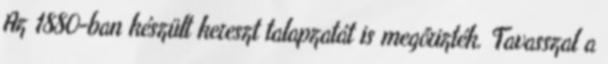
Az 1880-ban készült kereszt talapzatát is megőrizték. Tavasszal a